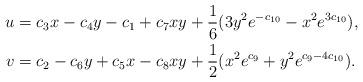
LaTeX: \begin{align*} u&=c_3x-c_4y-c_1+c_7xy+\frac{1}{6}(3y^2e^{-c_{10}}-x^2e^{3c_{10}}),\\ v&=c_2-c_6y+c_5x-c_8xy+\frac{1}{2}(x^2e^{c_{9}}+y^2e^{c_{9}-4c_{10}}).\end{align*}